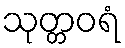
သုတ္တဝရံ